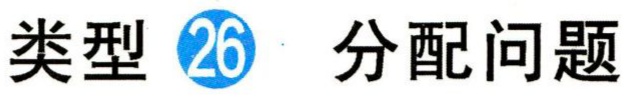
类型\textcircled{26} 分配问题